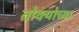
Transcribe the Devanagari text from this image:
तोक्योच्या